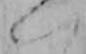
い